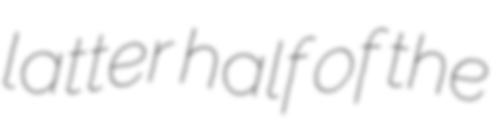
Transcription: latter half of the